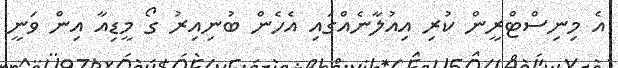
އެ މިނިސްޓްރީން ކުރި އިއުލާނެއްގައި އެހެން ބުނިއިރު ގޯ މީޑިއާ އިން ވަނީ